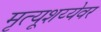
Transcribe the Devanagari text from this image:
मृत्यूशय्येवर